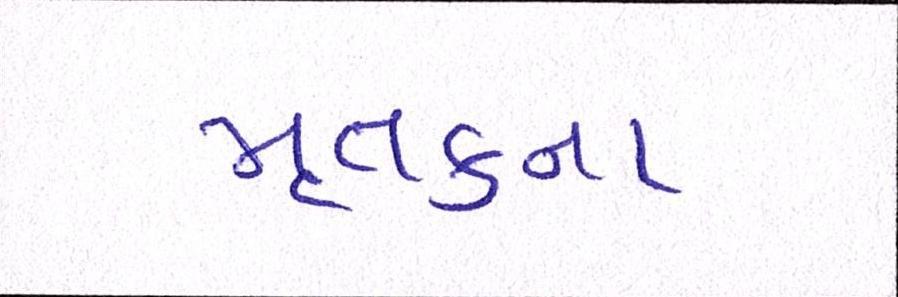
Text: મૃતકના